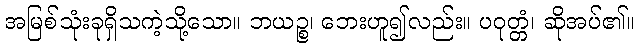
အမြစ်သုံးခုရှိသကဲ့သို့သော။ ဘယဉ္စ၊ ဘေးဟူ၍လည်း။ ပဝုတ္တံ၊ ဆိုအပ်၏။